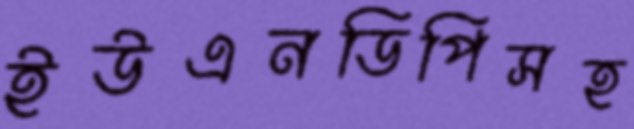
ইউএনডিপিসহ